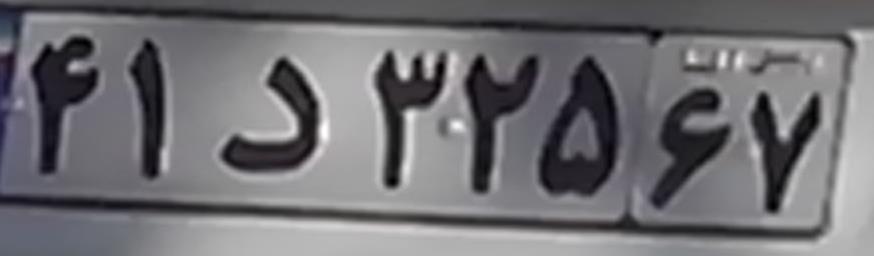
۴۱د۳۲۵۶۷